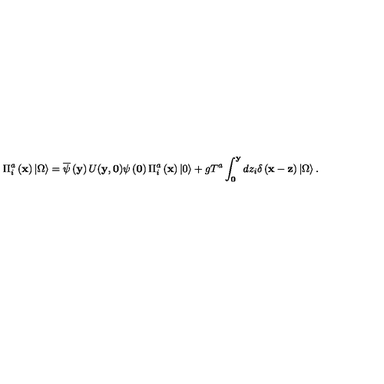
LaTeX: \Pi _ { i } ^ { a } \left( { \bf x } \right) \left| \Omega \right\rangle = \overline { \psi } \left( { \bf y } \right) U ( { \bf y } , { \bf 0 } ) \psi \left( { \bf 0 } \right) \Pi _ { i } ^ { a } \left( { \bf x } \right) \left| 0 \right\rangle + g T ^ { a } \int _ { \bf 0 } ^ { \bf y } { d z _ { i } } \delta \left( { { \bf x } - { \bf z } } \right) \left| \Omega \right\rangle .